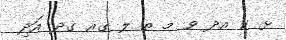
ޅ ކ އދ ވ މ ތ ލ ގއ ގދ އަދި